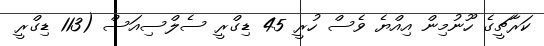
ކަރާޗީގެ ހޫނުމިން އިއްޔެ ވެސް ހުރީ 45 ޑިގްރީ ސެލްސިއަސް (113 ޑިގްރީ